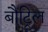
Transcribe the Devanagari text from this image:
बौट्रिल